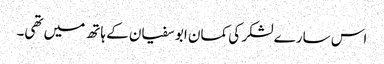
اس سارے لشکر کی کمان ابو سفیان کے ہاتھ میں تھی۔